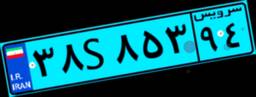
۰۶S۸۴۳۸۷